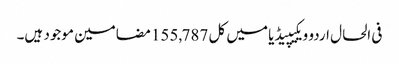
فی الحال اردو ویکیپیڈیا میں کل 155,787 مضامین موجود ہیں۔